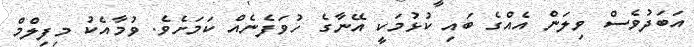
އަބަދުވެސް ވިލަން އެއްގެ ބައި ކުޅުމަކީ އޭނާގެ ހުވަފެނެއް ކަމަށެވެ. ވުމާއެކު މިފިލްމް